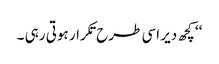
‘‘ کچھ دیر اسی طرح تکرار ہوتی رہی ۔